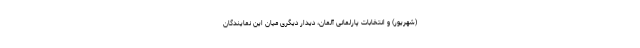
(شهریور) و انتخابات پارلمانی آلمان، دیدار دیگری میان این نمایندگان